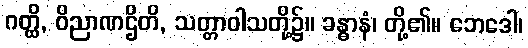
ဂတ္ထိ, ဝိညာဏဌိတိ, သတ္တာဝါသတို့၌။ ခန္ဓာနံ၊ တို့၏။ ဘေဒေါ၊